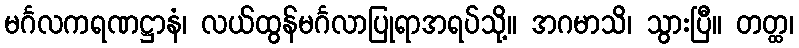
မင်္ဂလကရဏဋ္ဌာနံ၊ လယ်ထွန်မင်္ဂလာပြုရာအရပ်သို့။ အဂမာသိ၊ သွားပြီ။ တတ္ထ၊